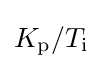
K_{\text{p}}/T_{\text{i}}